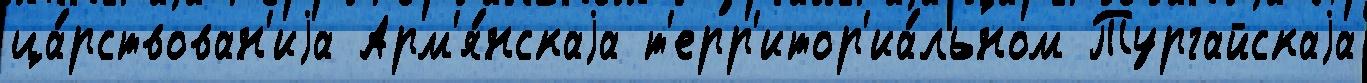
ца́рствован'иjа Арм'я́нскаjа т'ерр'итор'иа́льном Тургайскаjа